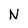
Character: N